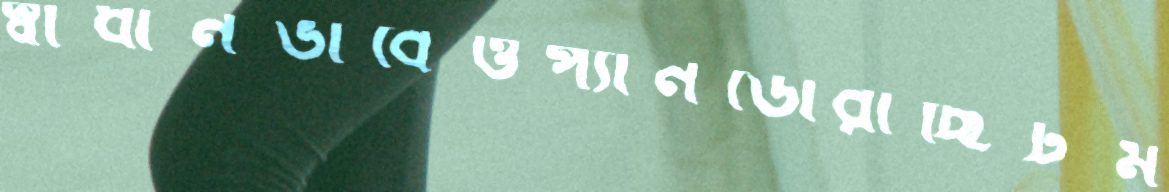
স্বাধীনভাবেওপ্যানডোরাছিটম